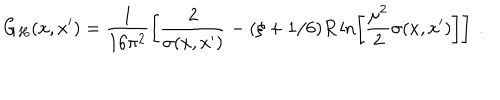
LaTeX: G _ { H } ( x , x ^ { \prime } ) = \frac 1 { 1 6 \pi ^ { 2 } } \left[ \frac 2 { \sigma ( x , x ^ { \prime } ) } - ( \xi + 1 / 6 ) R \ln \left[ \frac { \mu ^ { 2 } } 2 \sigma ( x , x ^ { \prime } ) \right] \right] \ .